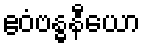
ဧဝံဗန္ဓနီယော